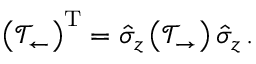
\left( \mathcal { T } _ { \leftarrow } \right) ^ { \mathrm { T } } = \hat { \sigma } _ { z } \left( \mathcal { T } _ { \rightarrow } \right) \hat { \sigma } _ { z } \, .